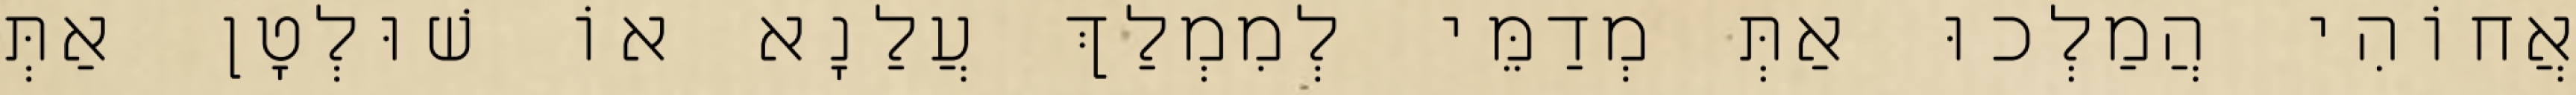
אֲחוֹהִי הֲמַלְכוּ אַתְּ מְדַמֵּי לְמִמְלַךְ עֲלַנָא אוֹ שׁוּלְטָן אַתְּ